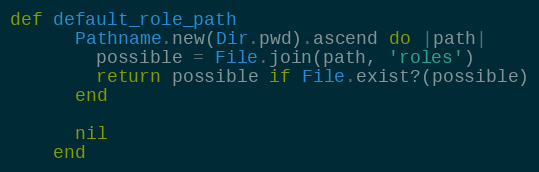
Language: Ruby
def default_role_path
      Pathname.new(Dir.pwd).ascend do |path|
        possible = File.join(path, 'roles')
        return possible if File.exist?(possible)
      end

      nil
    end